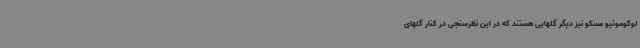
لوکوموتیو مسکو نیز دیگر گلهایی هستند که در این نظرسنجی در کنار گلهای